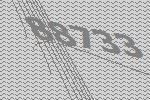
88733